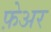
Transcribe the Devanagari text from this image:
फ़ेअर